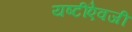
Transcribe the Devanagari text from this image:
यष्टींऐवजी